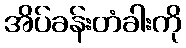
အိပ်ခန်းတံခါးကို